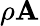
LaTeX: \rho\mathbf{A}